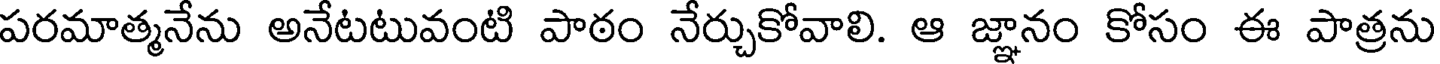
పరమాత్మనేను అనేటటువంటి పాఠం నేర్చుకోవాలి. ఆ జ్ఞానం కోసం ఈ పాత్రను